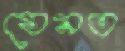
যেমত